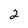
Character: 2